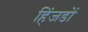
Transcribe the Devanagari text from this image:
हिंजडों